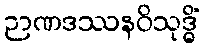
ဉာဏဒဿနဝိသုဒ္ဓိံ